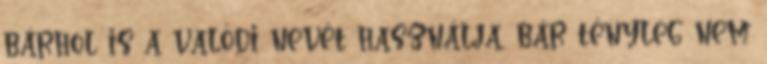
bárhol is a valódi nevét használja, bár tényleg nem